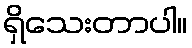
ရှိသေးတာပါ။